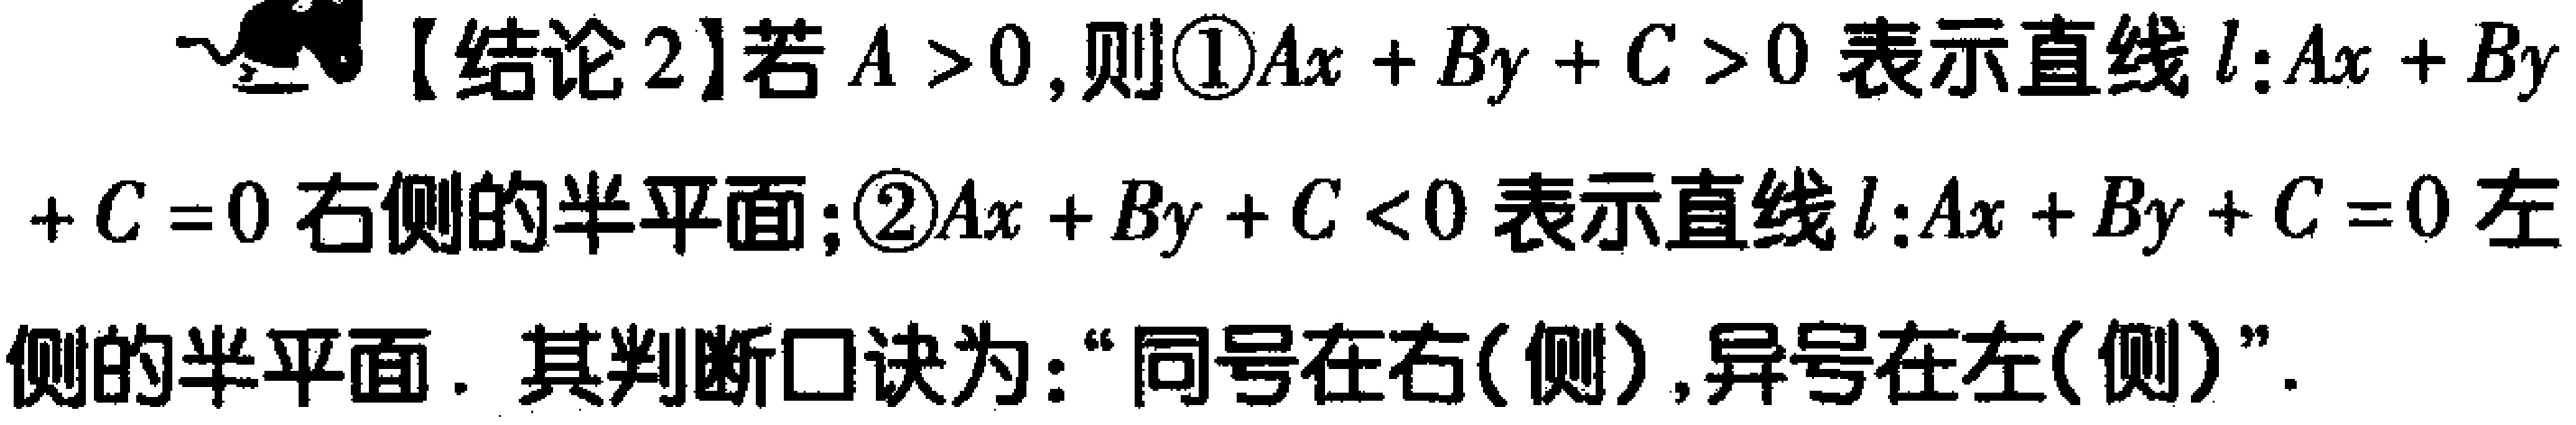
【结论2】若 \(A > 0\)，则\textcircled{1}\(Ax + By + C > 0\) 表示直线 \(l:Ax + By + C = 0\) 右侧的半平面；\textcircled{2}\(Ax + By + C < 0\) 表示直线 \(l:Ax + By + C = 0\) 左侧的半平面. 其判断口诀为：“同号在右(侧),异号在左(侧)”.